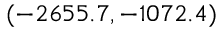
( - 2 6 5 5 . 7 , - 1 0 7 2 . 4 )